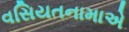
વસિયતનામાએ